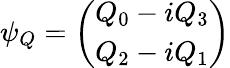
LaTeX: \psi_{Q}=\left(\begin{array}{c}{{Q_{0}-iQ_{3}}}\\ {{Q_{2}-iQ_{1}}}\end{array}\right)